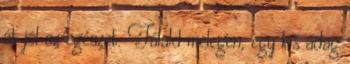
át jól az egészet. Tálald melegen, egy kis adag